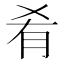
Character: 肴